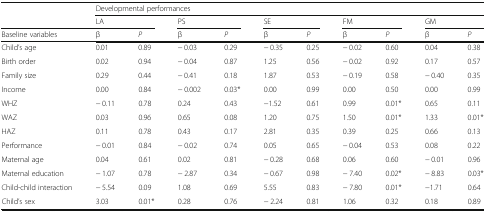
| <ROWSPAN=2>  | <COLSPAN=10> Developmental performances |
 | <COLSPAN=2> LA | <COLSPAN=2> PS | <COLSPAN=2> SE | <COLSPAN=2> FM | <COLSPAN=2> GM |
 | Baseline variables | β | P | β | P | β | P | β | P | β | P |
 | --- | --- | --- | --- | --- | --- | --- | --- | --- | --- | --- |
 | Child’s age | 0.01 | 0.89 | − 0.03 | 0.29 | − 0.35 | 0.25 | − 0.02 | 0.60 | 0.04 | 0.38 |
 | Birth order | 0.02 | 0.94 | − 0.04 | 0.87 | 1.25 | 0.56 | − 0.02 | 0.92 | 0.17 | 0.57 |
 | Family size | 0.29 | 0.44 | − 0.41 | 0.18 | 1.87 | 0.53 | − 0.19 | 0.58 | − 0.40 | 0.35 |
 | Income | 0.00 | 0.84 | − 0.002 | 0.03* | 0.00 | 0.99 | 0.00 | 0.50 | 0.00 | 0.99 |
 | WHZ | − 0.11 | 0.78 | 0.24 | 0.43 | −1.52 | 0.61 | 0.99 | 0.01* | 0.65 | 0.11 |
 | WAZ | 0.03 | 0.96 | 0.65 | 0.08 | 1.20 | 0.75 | 1.50 | 0.01* | 1.33 | 0.01* |
 | HAZ | 0.11 | 0.78 | 0.43 | 0.17 | 2.81 | 0.35 | 0.39 | 0.25 | 0.66 | 0.13 |
 | Performance | − 0.01 | 0.84 | − 0.02 | 0.74 | 0.05 | 0.65 | − 0.04 | 0.53 | 0.08 | 0.22 |
 | Maternal age | 0.04 | 0.61 | 0.02 | 0.81 | − 0.28 | 0.68 | 0.06 | 0.60 | − 0.01 | 0.96 |
 | Maternal education | − 1.07 | 0.78 | − 2.87 | 0.34 | − 0.67 | 0.98 | − 7.40 | 0.02* | − 8.83 | 0.03* |
 | Child-child interaction | − 5.54 | 0.09 | 1.08 | 0.69 | 5.55 | 0.83 | − 7.80 | 0.01* | −1.71 | 0.64 |
 | Child’s sex | 3.03 | 0.01* | 0.28 | 0.76 | − 2.24 | 0.81 | 1.06 | 0.32 | 0.18 | 0.89 |